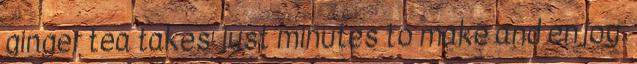
ginger tea takes just minutes to make and enjoy.